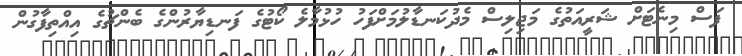
ފަސް މިނެޓަށް ޝަރީއަތުގެ މަޖިލިސް މެދުކަނޑާލުމަށްފަހު ހުޅުމާލެ ކޯޓުގެ ފަނޑިޔާރުންގެ ބެންޗުގެ އިއްތިފާގުން